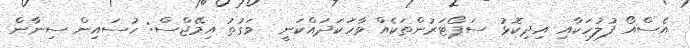
އެސްއޯ ފުލުހަކާއި އިދިކޮޅު ސަޕޯޓަރުންތަކެއް ވާހަކަދައްކަނީ  ވަގުތު އިމޭޖްސް: ހުސައިން ސިނާން